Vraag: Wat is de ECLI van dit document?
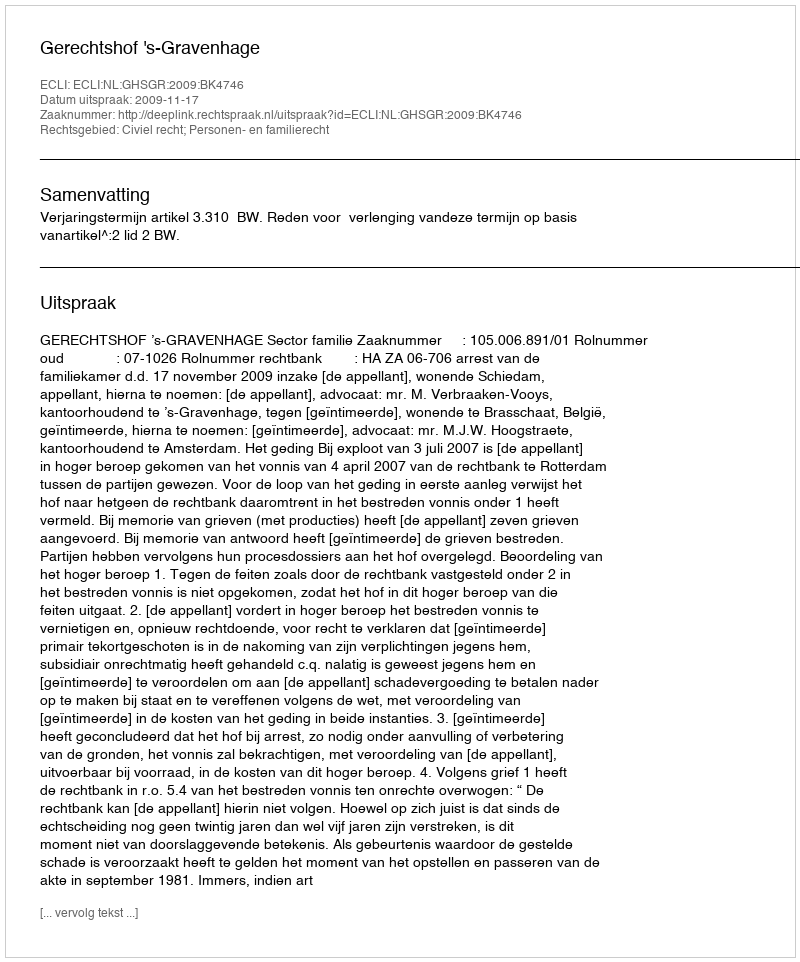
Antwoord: ECLI:NL:GHSGR:2009:BK4746